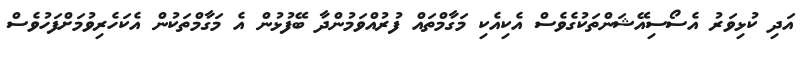
އަދި ކުޅިވަރު އެސޯސިއޭޝަންތަކުގެވެސް އެކިއެކި މަގާމްތައް ފުރުއްވަމުންދާ ބޭފުޅުން އެ މަގާމްތަކުން އެކަހެރިވުމަށްފަހުވެސް